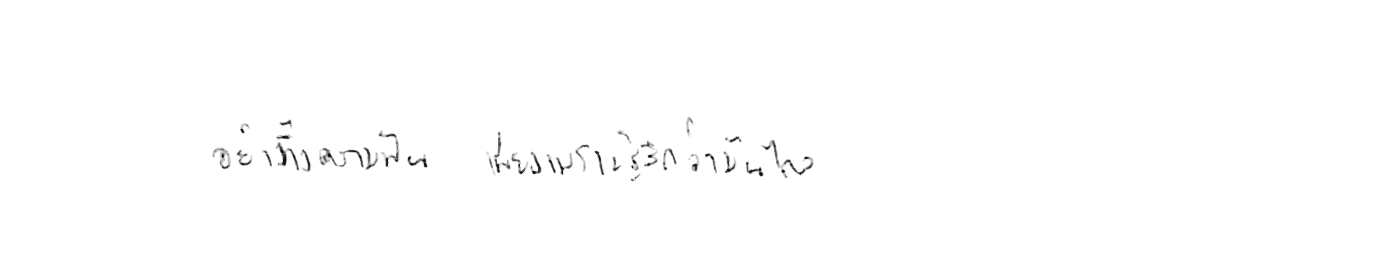
อย่าทิ้งความฝัน เพียงเพราะรู้สึกว่ามันไกล